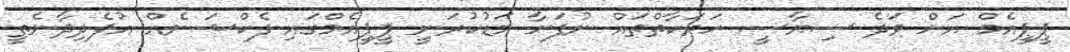
ޕީޕީއެމް އަށް ވަދެ ސިޔާސީ ހަރަކާތްތައް ނުފަށާ މަޑުކުރަނީ ޕީޕީއެމްގައި ފެކްޝަނެއް އުފެދިދާނެތީ